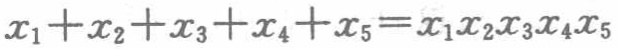
\(x_{1}+x_{2}+x_{3}+x_{4}+x_{5}=x_{1}x_{2}x_{3}x_{4}x_{5}\)